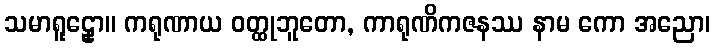
သမာရူဠှော။ ကရုဏာယ ဝတ္ထုဘူတော, ကာရုဏိကဇနဿ နာမ ကော အညော၊